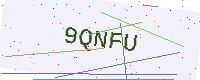
Text: 9QNFU